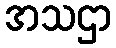
အသဌာ